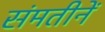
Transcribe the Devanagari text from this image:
संमतीनें